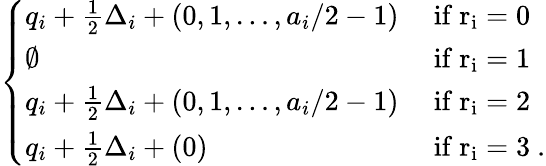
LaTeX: \left\{ \begin{array}{ll}{q_{i}+\frac 12\Delta_{i}+(0,1,\dots,a_{i}/2-1)}&{\mathrm{~if~r_i=0~}}\\ {\emptyset}&{\mathrm{~if~r_i=1~}}\\ {q_{i}+\frac 12\Delta_{i}+(0,1,\dots,a_{i}/2-1)}&{\mathrm{~if~r_i=2~}}\\ {q_{i}+\frac 12\Delta_{i}+(0)}&{\mathrm{~if~r_i=3~.}}\end{array}\right.